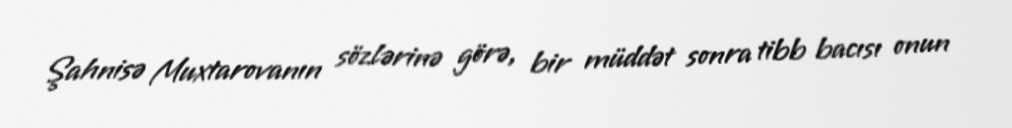
Şahnisə Muxtarovanın sözlərinə görə, bir müddət sonra tibb bacısı onun